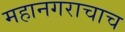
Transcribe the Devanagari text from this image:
महानगराचाच